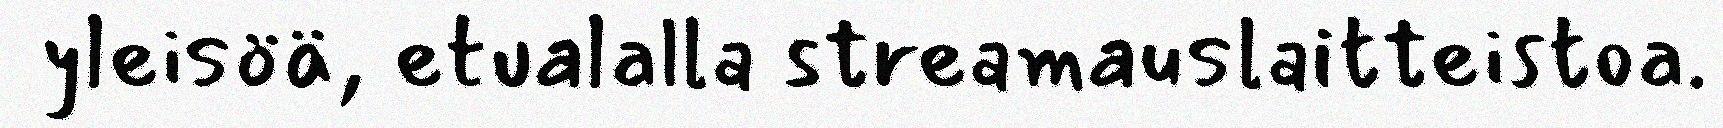
yleisöä, etualalla streamauslaitteistoa.